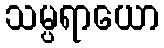
သမ္ပရာယော